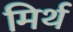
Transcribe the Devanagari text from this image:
मिर्थ